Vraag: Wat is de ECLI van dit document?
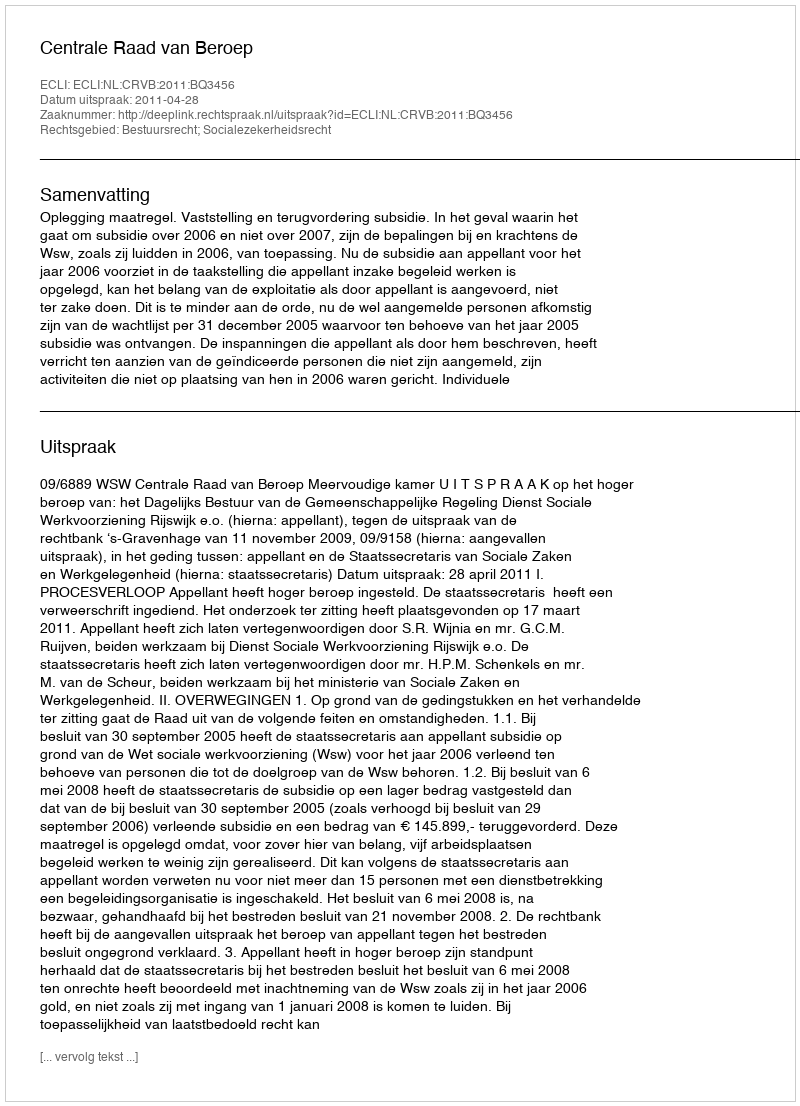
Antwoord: ECLI:NL:CRVB:2011:BQ3456